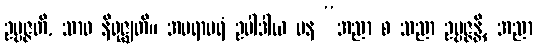
ဥပ္ပဇ္ဇတိ, သာဝ နိရုဇ္ဈတိ။ အပရာပရံ ဥပါဒါယ ပန “အညာ စ သညာ ဥပ္ပဇ္ဇန္တိ, အညာ